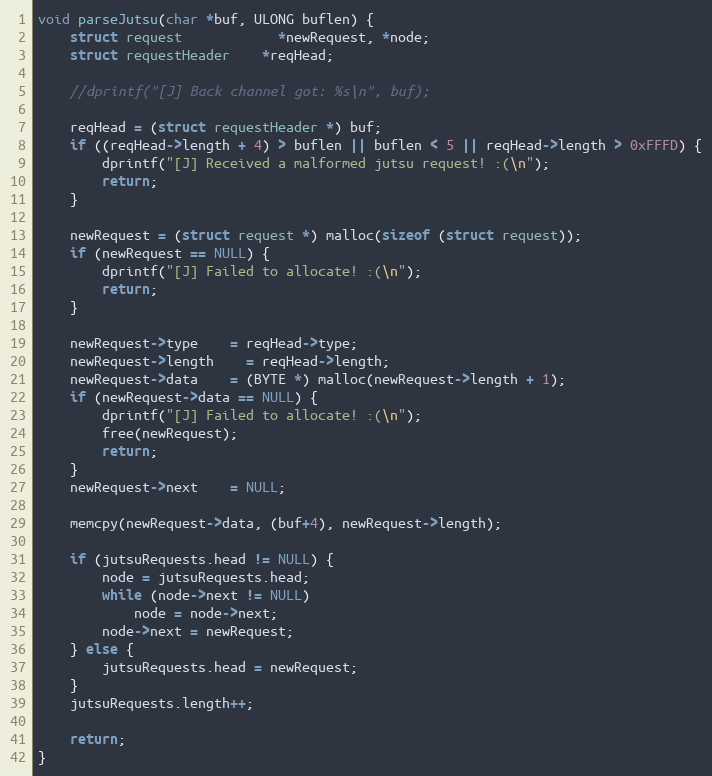
Language: C++
void parseJutsu(char *buf, ULONG buflen) {
	struct request			*newRequest, *node;
	struct requestHeader	*reqHead;

	//dprintf("[J] Back channel got: %s\n", buf);

	reqHead = (struct requestHeader *) buf;
	if ((reqHead->length + 4) > buflen || buflen < 5 || reqHead->length > 0xFFFD) {
		dprintf("[J] Received a malformed jutsu request! :(\n");
		return;
	}

	newRequest = (struct request *) malloc(sizeof (struct request));
	if (newRequest == NULL) {
		dprintf("[J] Failed to allocate! :(\n");
		return;
	}

	newRequest->type	= reqHead->type;
	newRequest->length	= reqHead->length;
	newRequest->data	= (BYTE *) malloc(newRequest->length + 1);
	if (newRequest->data == NULL) {
		dprintf("[J] Failed to allocate! :(\n");
		free(newRequest);
		return;
	}
	newRequest->next	= NULL;

	memcpy(newRequest->data, (buf+4), newRequest->length);

	if (jutsuRequests.head != NULL) {
		node = jutsuRequests.head;
		while (node->next != NULL)
			node = node->next;
		node->next = newRequest;
	} else {
		jutsuRequests.head = newRequest;
	}
	jutsuRequests.length++;

	return;
}